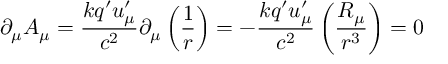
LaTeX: \partial _ { \mu } A _ { \mu } = \frac { k q ^ { \prime } u _ { \mu } ^ { \prime } } { c ^ { 2 } } \partial _ { \mu } \left( \frac 1 r \right) = - \frac { k q ^ { \prime } u _ { \mu } ^ { \prime } } { c ^ { 2 } } \left( \frac { R _ { \mu } } { r ^ { 3 } } \right) = 0